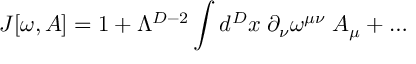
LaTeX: { \cal J } [ \omega , A ] = 1 + \Lambda ^ { D - 2 } \int d ^ { D } x \; \partial _ { \nu } \omega ^ { \mu \nu } \; A _ { \mu } + \ldots